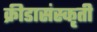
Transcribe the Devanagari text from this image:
क्रीडासंस्कृती